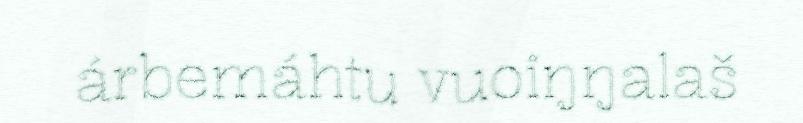
árbemáhtu vuoiŋŋalaš